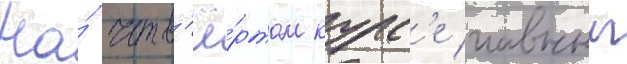
На́ четв'ё́ртом курс'е главныи